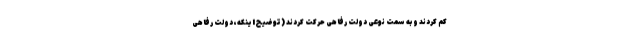
کم‌ کردند و به سمت نوعی دولت رفاهی حرکت کردند (توضیح اینکه، دولت رفاهی